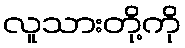
လူသားတို့ကို